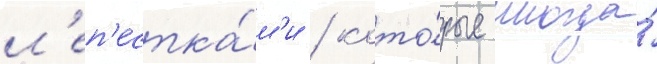
л'еп'естка́м'и / кото́рые иногда́